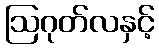
ဩဂုတ်လနှင့်